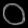
Digit: ၀